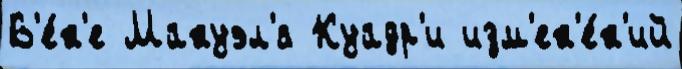
В'е́н'е Мануэл'я Куадр'и изм'ен'е́н'ий